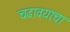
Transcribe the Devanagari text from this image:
चढावयाचा